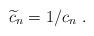
LaTeX: \begin{align*} \widetilde c_n = 1/c_n \ . \end{align*}